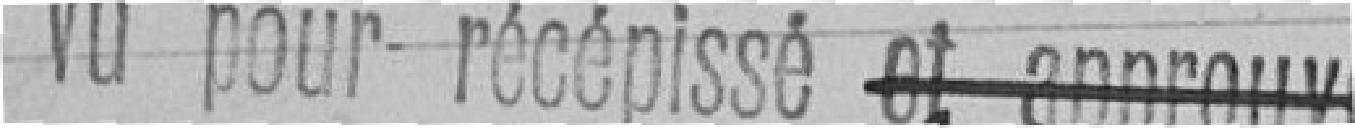
Vu pour récépissé (et approuvé : barré)